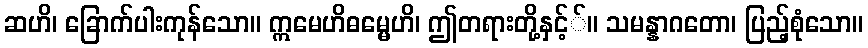
ဆဟိ၊ ခြောက်ပါးကုန်သော။ ဣမေဟိဓမ္မေဟိ၊ ဤတရားတို့နှင့််။ သမန္နာဂတော၊ ပြည့်စုံသော။